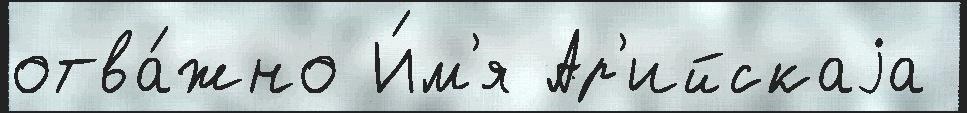
отва́жно И́м'я Ар'ийскаjа